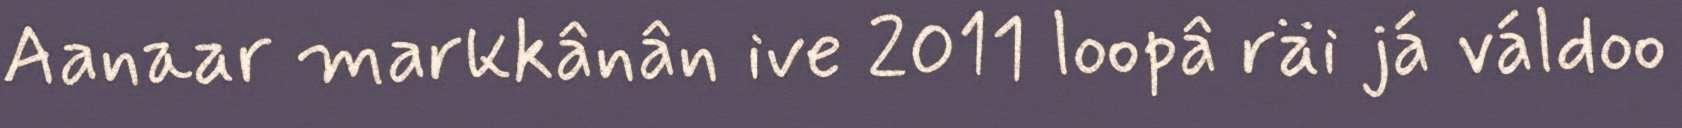
Aanaar markkânân ive 2011 loopâ räi já váldoo